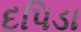
દપિડા